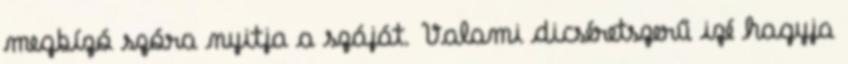
megbízó szóra nyitja a száját. Valami dicséretszerű izé hagyja